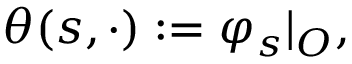
\theta ( s , \cdot ) : = \varphi _ { s } \vert _ { O } ,